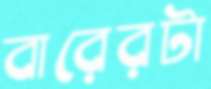
বারেরটা